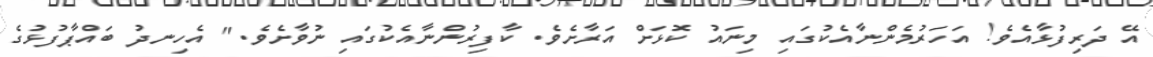
އޭ ދަރިފުޅާއެވެ! އަހަރުމެންނާއެކުގައި މިނައު ކޮޅަށް އަރާށެވެ. ކާފިރުންނާއެކުގައި ނުވާށެވެ." އެހިނދު ބައްޕާފުޅުގެ